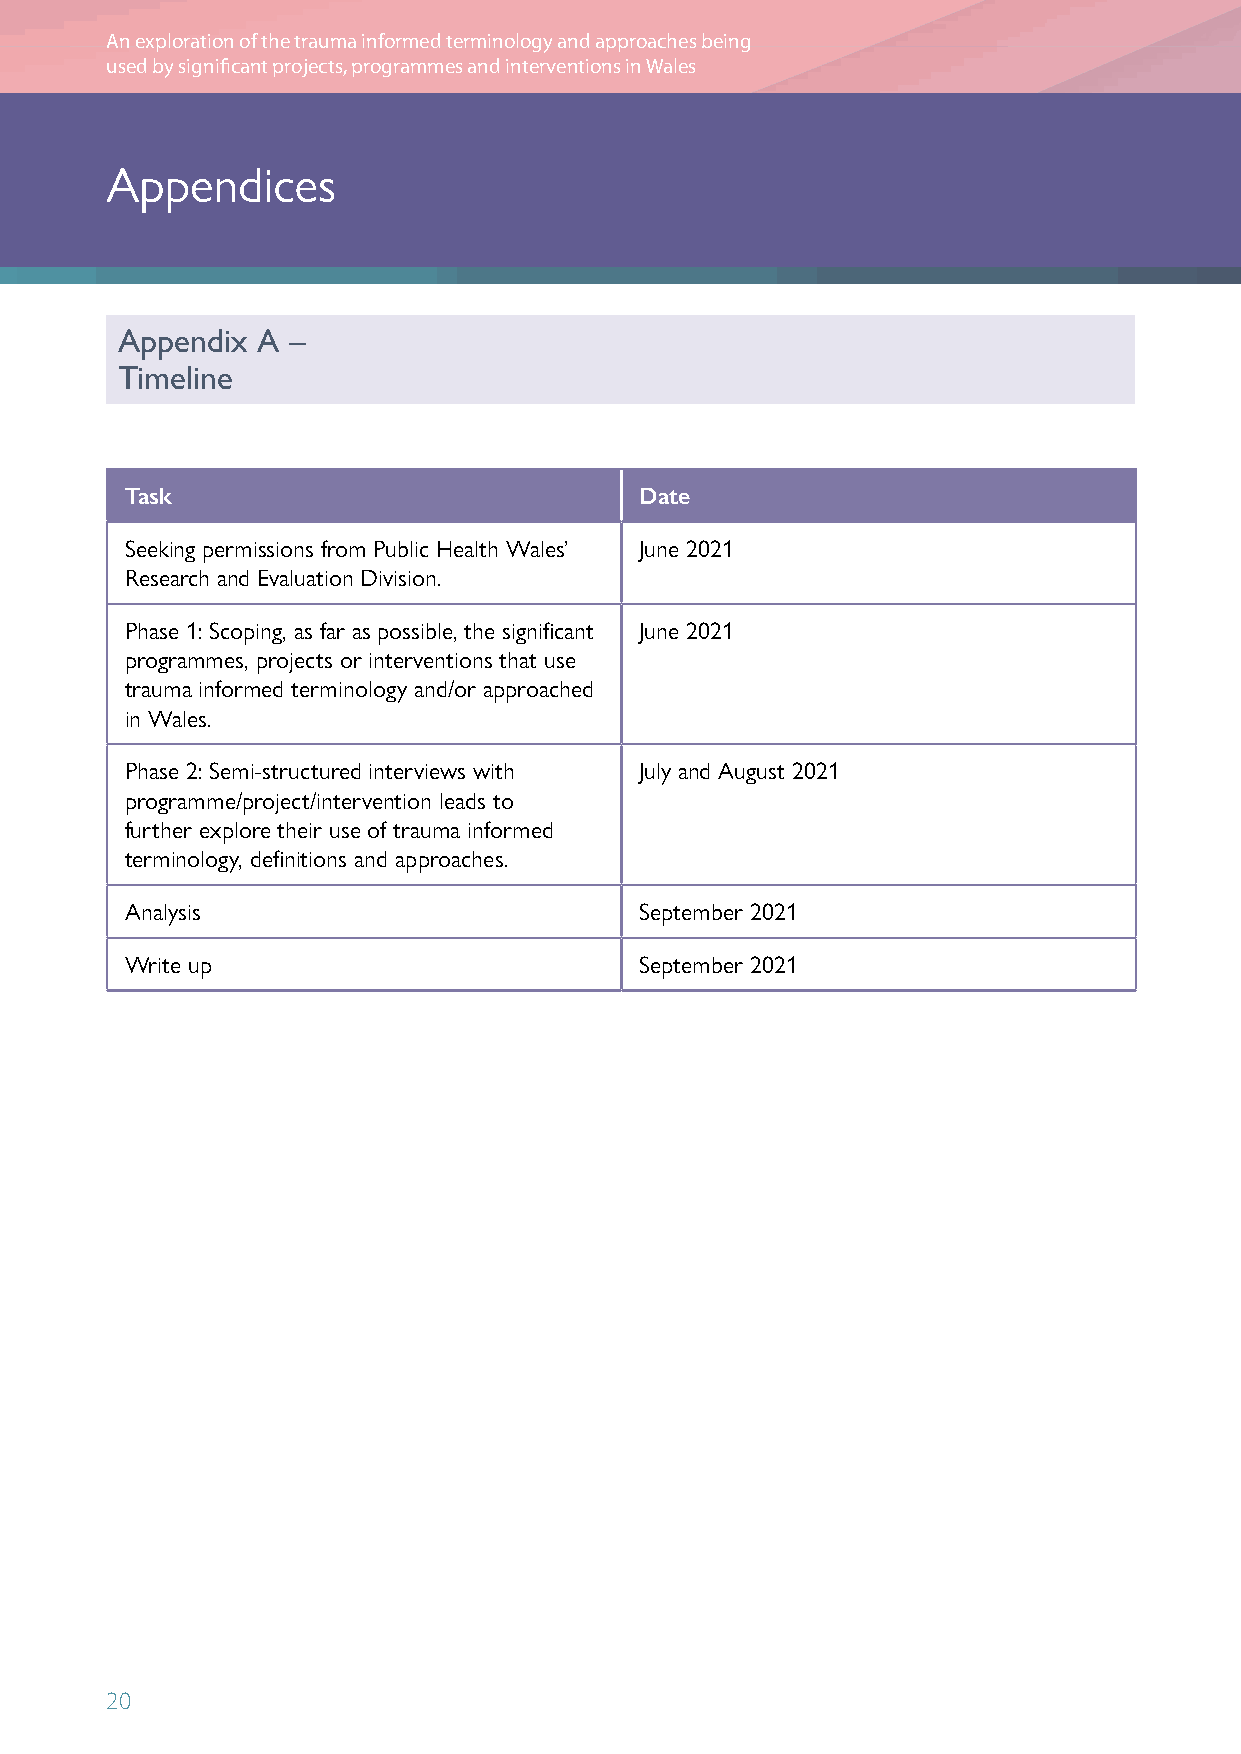
An exploration of the trauma informed terminology and approaches being
 used by significant projects, programmes and interventions in Wales
 Appendices
 Appendix A –
 Timeline
 Task                              Date
 Seeking permissions from Public Health Wales’ June 2021
 Research and Evaluation Division.
 Phase 1: Scoping, as far as possible, the significant June 2021
 programmes, projects or interventions that use
 trauma informed terminology and/or approached
 in Wales.
 Phase 2: Semi-structured interviews with July and August 2021
 programme/project/intervention leads to
 further explore their use of trauma informed
 terminology, definitions and approaches.
 Analysis                          September 2021
 Write up                          September 2021
 20